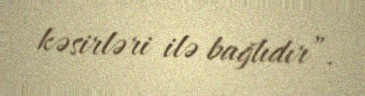
kəsirləri ilə bağlıdır”.